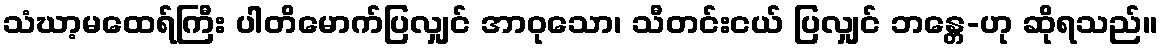
သံဃာ့မထေရ်ကြီး ပါတိမောက်ပြလျှင် အာဝုသော၊ သီတင်းငယ် ပြလျှင် ဘန္တေ-ဟု ဆိုရသည်။